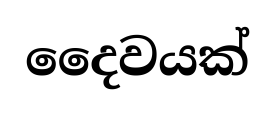
දෛවයක්